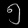
Digit: ၅